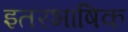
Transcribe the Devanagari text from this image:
इतरभाषिक